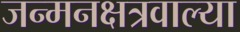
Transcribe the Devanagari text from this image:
जन्मनक्षत्रवाल्या